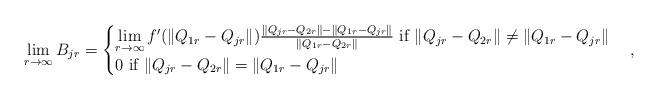
LaTeX: \begin{align*} \lim\limits_{r\rightarrow\infty}B_{jr}=\begin{cases}\lim\limits_{r\rightarrow\infty}f'(\|Q_{1r}-Q_{jr}\|)\frac{\|Q_{jr}-Q_{2r}\|-\|Q_{1r}-Q_{jr}\|}{\|Q_{1r}-Q_{2r}\|}\textrm{ if }\|Q_{jr}-Q_{2r}\|\neq\|Q_{1r}-Q_{jr}\|\\ 0\textrm{ if }\|Q_{jr}-Q_{2r}\|=\|Q_{1r}-Q_{jr}\|\end{cases}, \end{align*}